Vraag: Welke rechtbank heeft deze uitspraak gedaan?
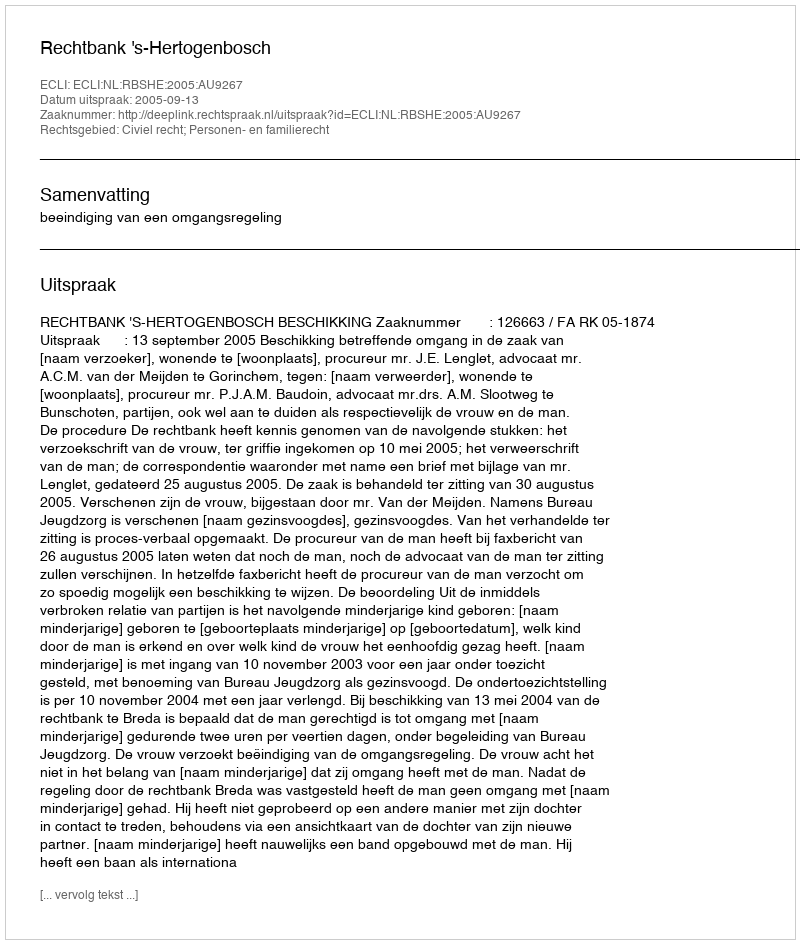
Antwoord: Rechtbank 's-Hertogenbosch